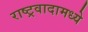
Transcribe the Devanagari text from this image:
राष्ट्रवादामध्ये